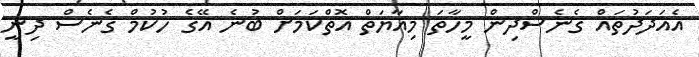
އެއަދަދުތައް ގެނެސްދިން މީހާތަ މިއާޔަތް އޮތްކަމަށް ބުނެ އޭގެ ހުކުމް ގެނެސް ދިނީ